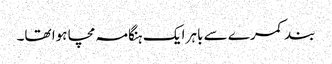
بند کمرے سے باہر ایک ہنگامہ مچا ہوا تھا۔